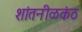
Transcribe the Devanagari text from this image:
शांतनीळकंठ